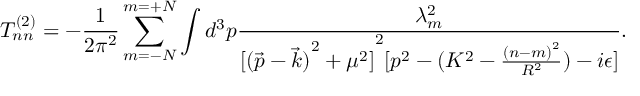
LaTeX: T _ { n n } ^ { ( 2 ) } = - \frac { 1 } { 2 \pi ^ { 2 } } \sum _ { m = - N } ^ { m = + N } \int d ^ { 3 } p \frac { \lambda _ { m } ^ { 2 } } { { [ { ( \vec { p } - \vec { k } ) } ^ { 2 } + \mu ^ { 2 } ] } ^ { 2 } [ p ^ { 2 } - ( K ^ { 2 } - \frac { { ( n - m ) } ^ { 2 } } { R ^ { 2 } } ) - i \epsilon ] } .